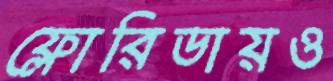
ফ্লোরিডায়ও